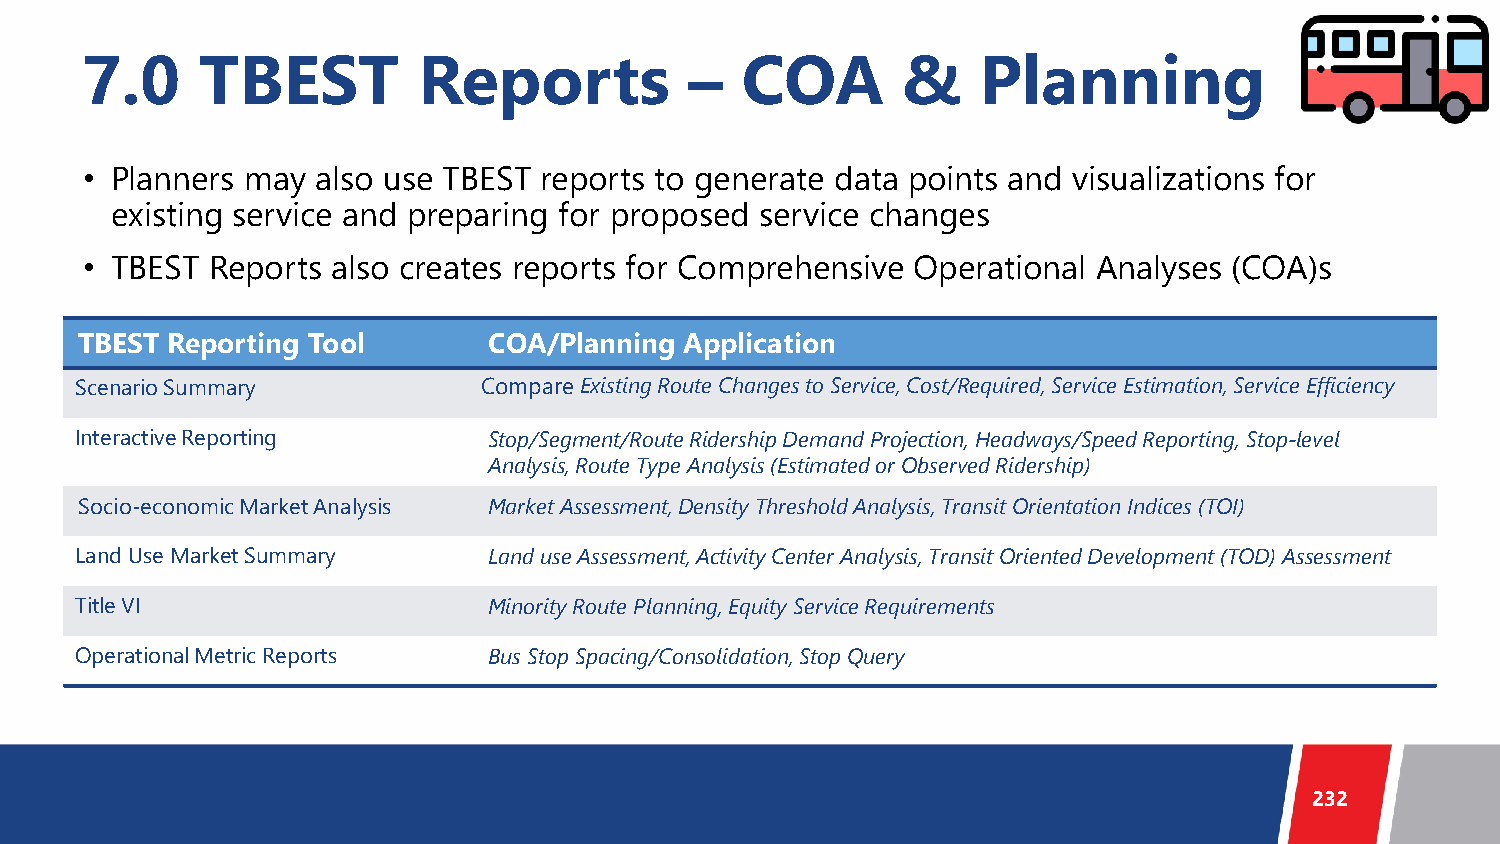
7.0     TBEST          Reports           –  COA        &    Planning
 • Planners may  also use TBEST reports to generate data points and visualizations for
 existing service and preparing for proposed service changes
 • TBEST  Reports also creates reports for Comprehensive Operational Analyses (COA)s
 TBEST Reporting Tool       COA/Planning Application
 Scenario Summary           Compare Existing Route Changes to Service, Cost/Required, Service Estimation, Service Efficiency
 Interactive Reporting      Stop/Segment/Route Ridership Demand Projection, Headways/Speed Reporting, Stop-level
 Analysis, Route Type Analysis (Estimated or Observed Ridership)
 Socio-economic Market Analysis Market Assessment, Density Threshold Analysis, Transit Orientation Indices (TOI)
 Land Use Market Summary    Land use Assessment, Activity Center Analysis, Transit Oriented Development (TOD) Assessment
 Title VI                   Minority Route Planning, Equity Service Requirements
 Operational Metric Reports Bus Stop Spacing/Consolidation, Stop Query
 232